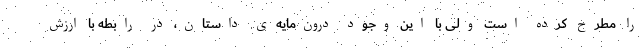
را مطرح کرده است ولی با این وجود درون­مایه­ی داستان، در رابطه با ارزش